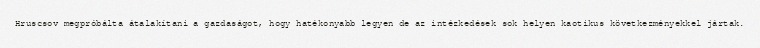
Hruscsov megpróbálta átalakítani a gazdaságot, hogy hatékonyabb legyen de az intézkedések sok helyen kaotikus következményekkel jártak.